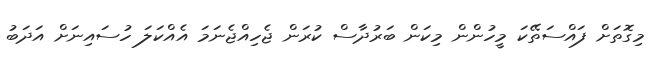
މިގޮތަށް ފައްސަތޭކަ މީހުންން މިކަން ބަރުދާސް ކުރަން ޖެހިއްޖެނަމަ އެއްކަލަ ހުސައިނަށް އަދަބު